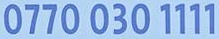
0770 030 1111